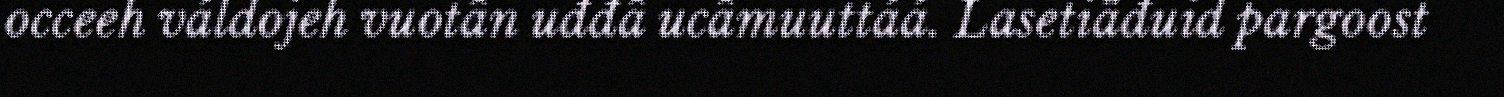
occeeh váldojeh vuotân uđđâ ucâmuuttáá. Lasetiäđuid pargoost